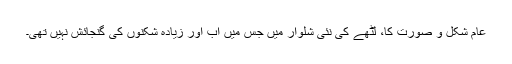
عام شکل و صورت کا، لٹھے کی نئی شلوار میں جس میں اب اور زیادہ شکنوں کی گنجائش نہیں تھی۔